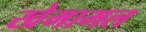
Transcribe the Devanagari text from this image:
खेमामल